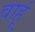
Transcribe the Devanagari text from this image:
वाहूं